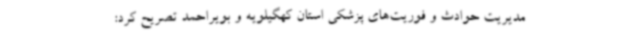
مدیریت حوادث و فوریت‌های پزشکی استان کهگیلویه و بویراحمد تصریح کرد: